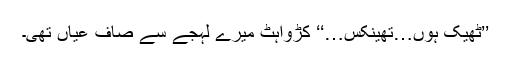
’’ٹھیک ہوں…تھینکس…‘‘ کڑواہٹ میرے لہجے سے صاف عیاں تھی۔